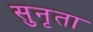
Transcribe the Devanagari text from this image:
सुनृता